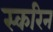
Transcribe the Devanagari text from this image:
स्करिन